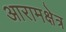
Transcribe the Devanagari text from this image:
आरामक्षेत्र